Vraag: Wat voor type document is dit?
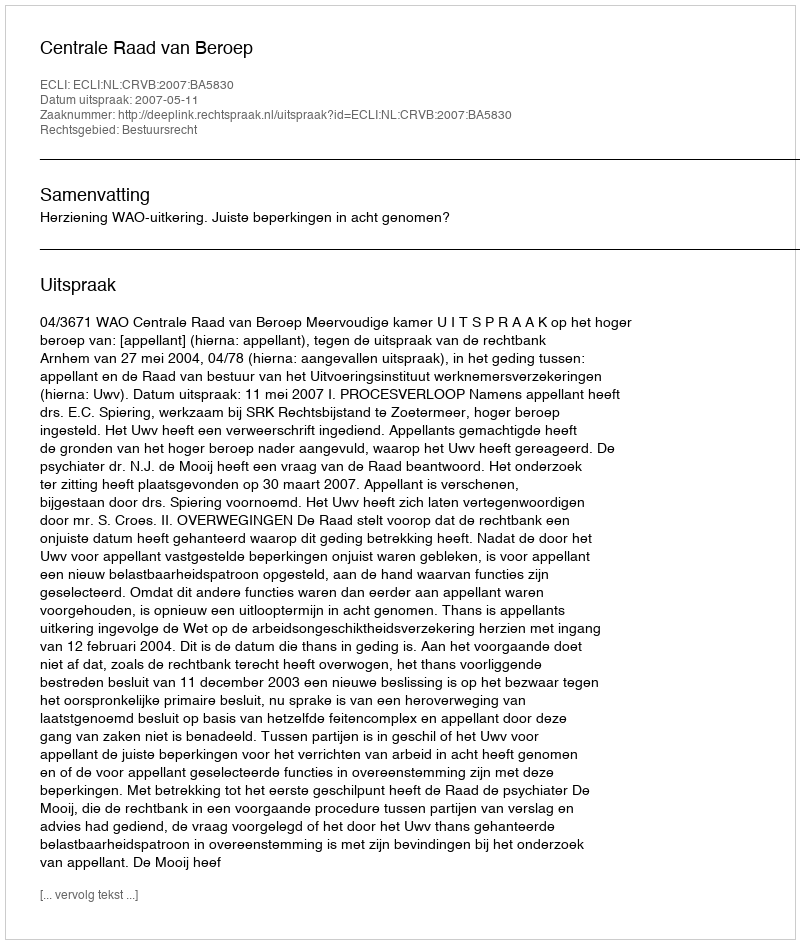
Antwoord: Uitspraak